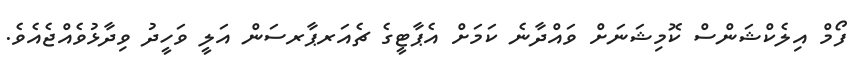
ފޯމް އިލެކްޝަންސް ކޮމިޝަނަށް ވައްދާނެ ކަމަށް އެޕާޓީގެ ޗެއަރޕާރސަން އަލީ ވަހީދު ވިދާޅުވެއްޖެއެވެ.